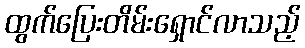
ထွက်ပြေးတိမ်းရှောင်လာသည့်